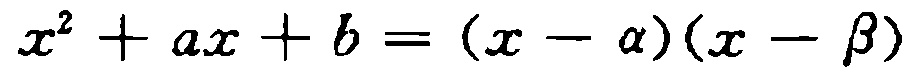
\(x^{2}+ax + b=(x - \alpha)(x - \beta)\)